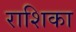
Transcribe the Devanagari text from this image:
राशिका